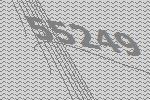
55249